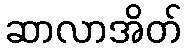
ဆာလာအိတ်